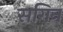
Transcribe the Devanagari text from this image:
सगिन